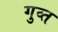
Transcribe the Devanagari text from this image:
गुव्त